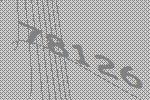
78126